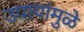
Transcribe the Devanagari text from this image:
उपायांमुळे